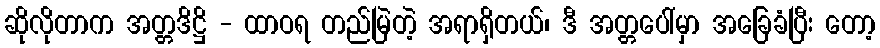
ဆိုလိုတာက အတ္တဒိဋ္ဌိ - ထာဝရ တည်မြဲတဲ့ အရာရှိတယ်၊ ဒီ အတ္တပေါ်မှာ အခြေခံပြီး တော့